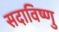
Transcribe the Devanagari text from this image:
सदाविष्णु